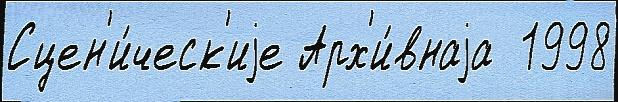
Сцен'и́ческ'иjе Арх'и́внаjа  1998